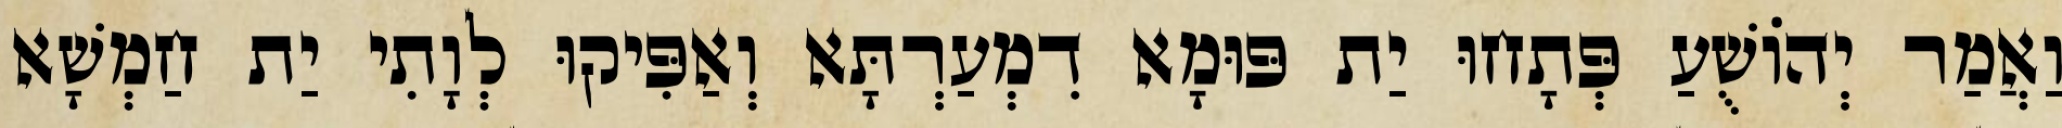
וַאֲמַר יְהוֹשֻׁעַ פְּתָחוּ יַת פּוּמָא דִמְעַרְתָּא וְאַפִּיקוּ לְוָתִי יַת חַמְשָׁא